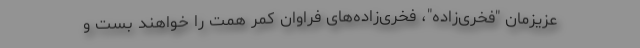
عزیزمان "فخری‌زاده"، فخری‌زاده‌های فراوان کمر همت را خواهند بست و